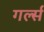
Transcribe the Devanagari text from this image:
गर्ल्‍स